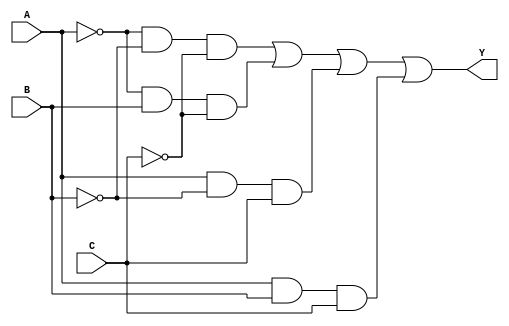
module combinational_logic (
    input wire A,  // Input A
    input wire B,  // Input B
    input wire C,  // Input C
    output wire Y  // Output Y
);

// Define the essential prime implicants
// For example, let's assume the following prime implicants:
// 1. A'B'C' (minterm 0)
// 2. A'BC'  (minterm 2)
// 3. AB'C   (minterm 5)
// 4. ABC    (minterm 7)

// Implementing the logic using AND, OR gates
wire p1 = ~A & ~B & ~C; // A'B'C'
wire p2 = ~A & B & ~C;  // A'BC'
wire p3 = A & ~B & C;   // AB'C
wire p4 = A & B & C;    // ABC

// Final output Y is the OR of all essential prime implicants
assign Y = p1 | p2 | p3 | p4;

endmodule